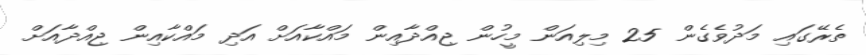
ތެރޭގައި މަދުވެގެން 25 މިލިއަން މީހުން ޖިއްދާއިން މައްކާއަށް އަދި މައްކާއިން ޖިއްދާއަށް